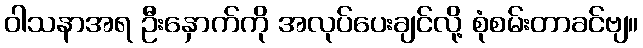
ဝါသနာအရ ဦးနှောက်ကို အလုပ်ပေးချင်လို့ စုံစမ်းတာခင်ဗျ။